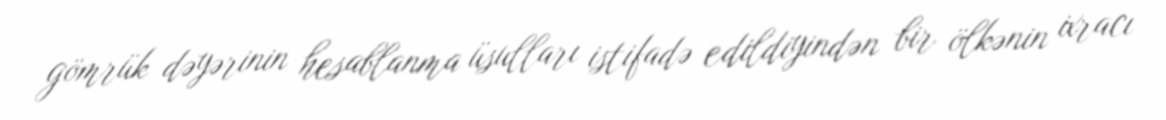
gömrük dəyərinin hesablanma üsulları istifadə edildiyindən bir ölkənin ixracı